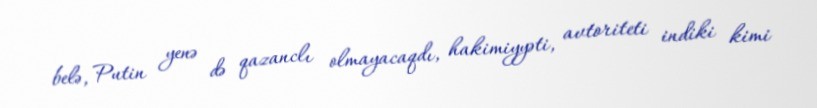
belə, Putin yenə də qazanclı olmayacaqdı, hakimiyyəti, avtoriteti indiki kimi